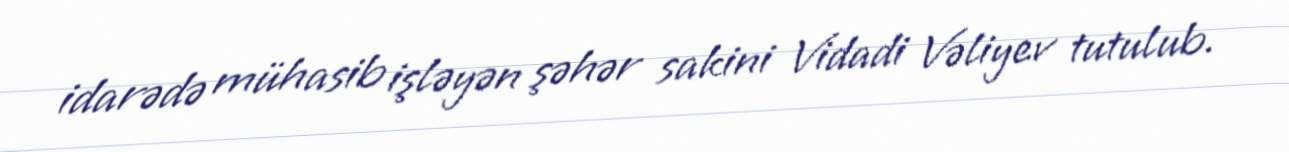
idarədə mühasib işləyən şəhər sakini Vidadi Vəliyev tutulub.